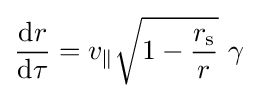
{\frac {{\rm {d}}r}{{\rm {d}}\tau }}=v_{\parallel }{\sqrt {1-{\frac {r_{\text{s}}}{r}}}}\ \gamma